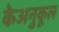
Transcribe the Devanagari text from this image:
केअनुकूल